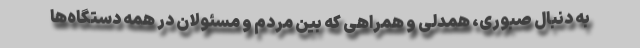
به دنبال صبوری، همدلی و همراهی که بین مردم و مسئولان در همه دستگاه‌ها